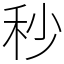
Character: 秒